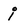
Character: j